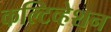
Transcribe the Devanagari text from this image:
कल्टिव्हेशन